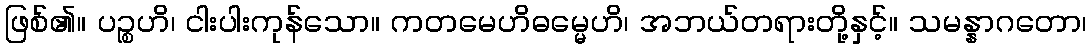
ဖြစ်၏။ ပဉ္စဟိ၊ ငါးပါးကုန်သော။ ကတမေဟိဓမ္မေဟိ၊ အဘယ်တရားတို့နှင့်။ သမန္နာဂတော၊